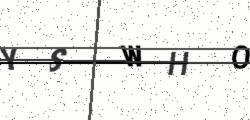
Text: YSWHO